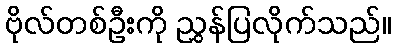
ဗိုလ်တစ်ဦးကို ညွှန်ပြလိုက်သည်။